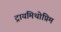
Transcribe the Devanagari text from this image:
ट्रायमिथोप्रिम